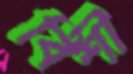
বিশী